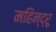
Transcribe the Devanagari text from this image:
महिन्द्रू